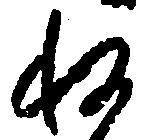
ね